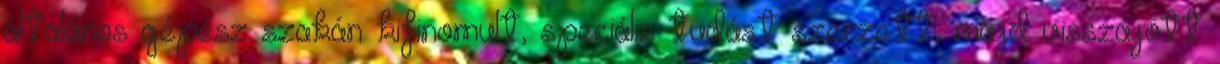
általános gépész szakán kifinomult, speciális tudást szerzett, majd visszajött